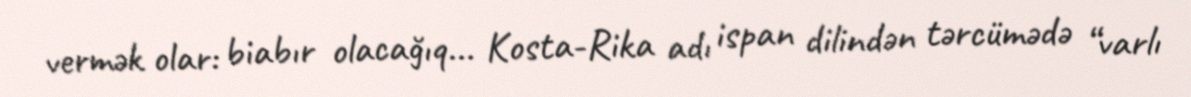
vermək olar: biabır olacağıq... Kosta-Rika adı ispan dilindən tərcümədə “varlı